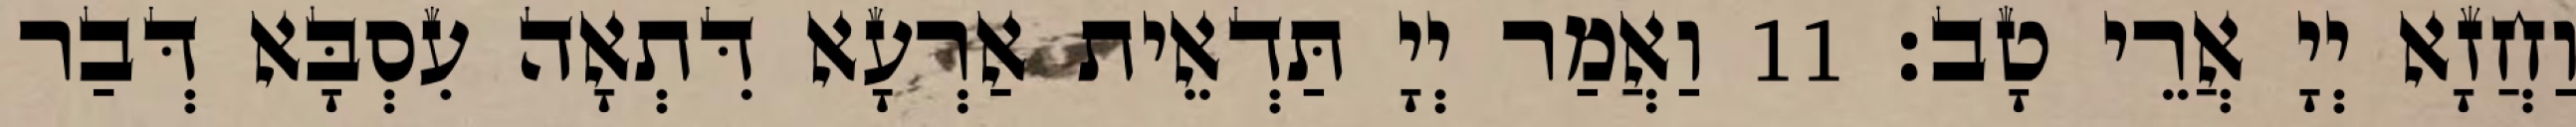
וַחֲזָא יְיָ אֲרֵי טָב׃ 11 וַאֲמַר יְיָ תַּדְאֵית אַרְעָא דִּתְאָה עִסְבָּא דְּבַר